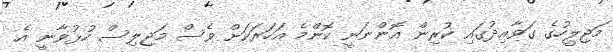
މަޖިލީހުގެ ގަވާއިދުގައި ކުރިން އޮންނަނީ ކޮންމެ އަހަރަކަށް ވެސް މަޖިލިސް ހުޅުވާނީ އެ